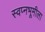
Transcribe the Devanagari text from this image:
स्वप्नभूमीला